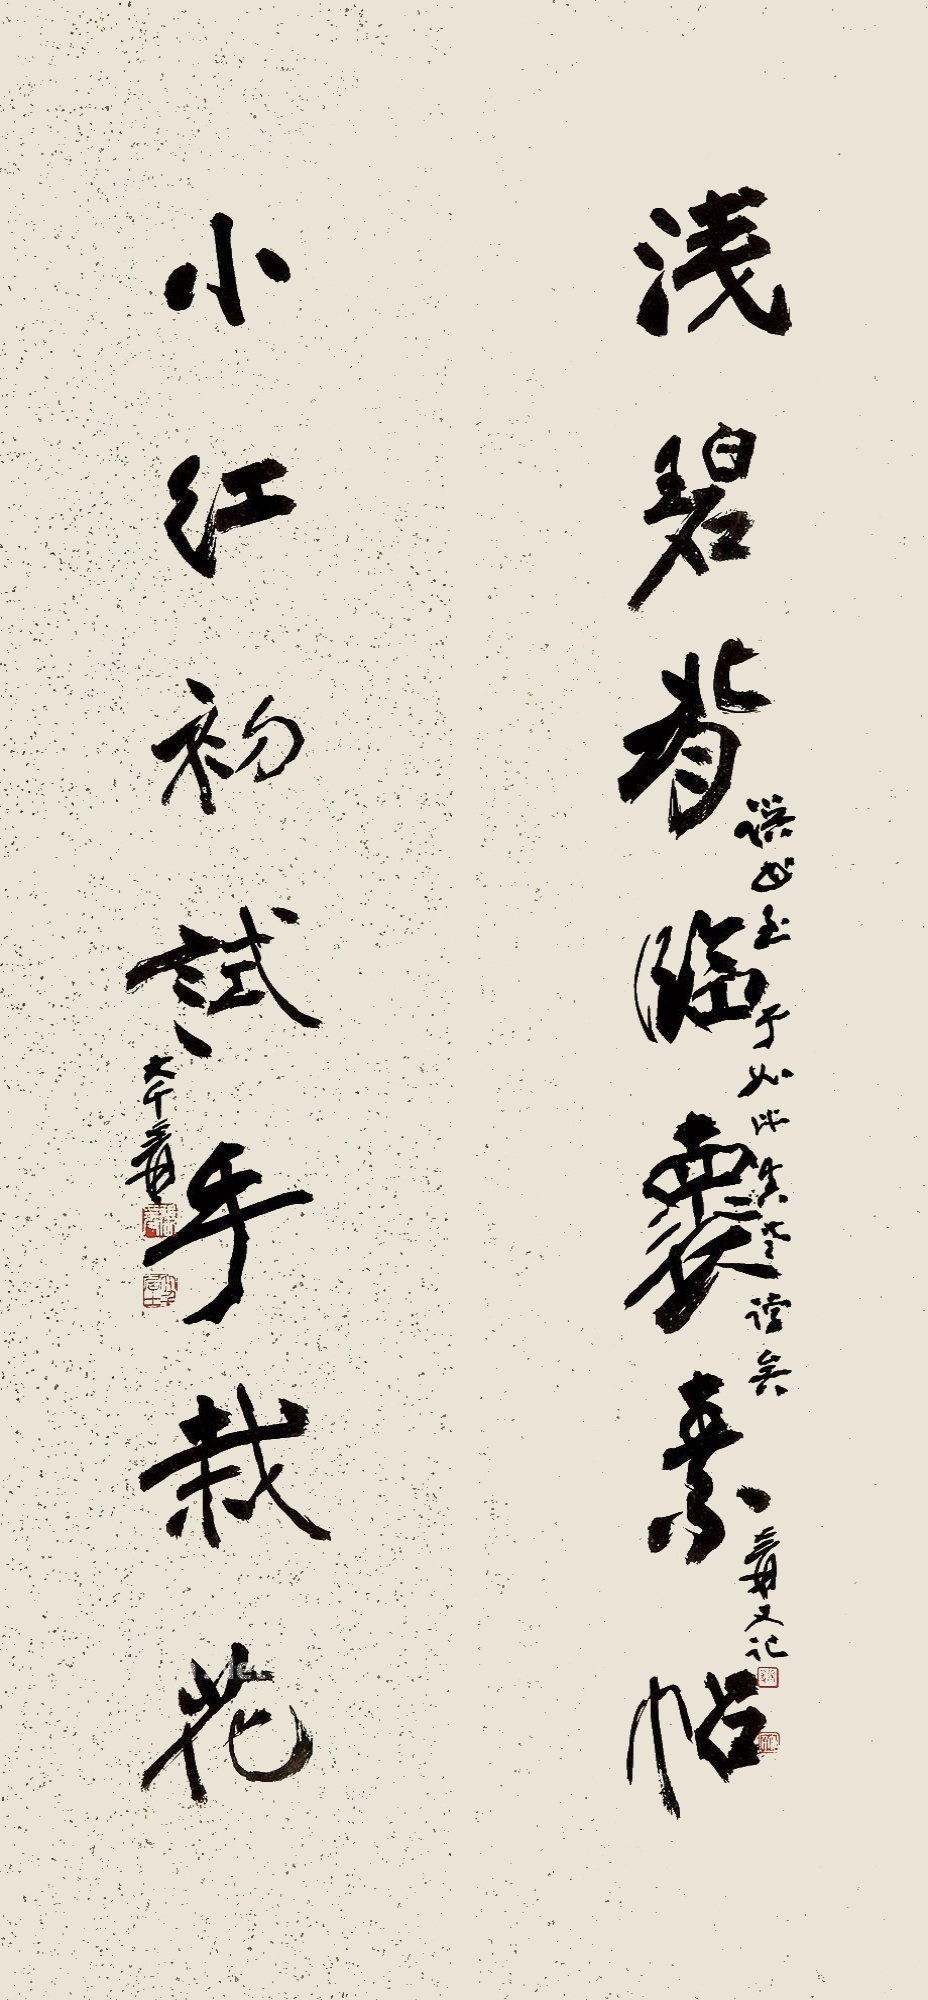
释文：浅碧背临怀素帖，小红初试手栽花。撰书至于如此真老悖矣，爰又记。大千爰。